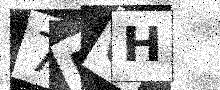
Text: 7D0H